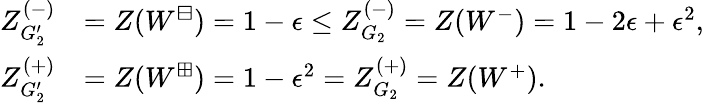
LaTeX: \begin{array}{rl}{Z_{G_{2}^{\prime}}^{(-)}}&{=Z(W^{\boxminus})=1-\epsilon\leq Z_{G_{2}}^{(-)}=Z(W^{-})=1-2\epsilon+\epsilon^{2},}\\ {Z_{G_{2}^{\prime}}^{(+)}}&{=Z(W^{\boxplus})=1-\epsilon^{2}=Z_{G_{2}}^{(+)}=Z(W^{+}).}\end{array}